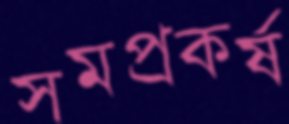
সমপ্রকর্ষ